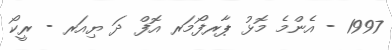
1997 - އެންމެ މޮޅު ޕާރފޯމަރ އޮފް ދަ ޔިއަރ - ރީކޯ